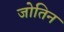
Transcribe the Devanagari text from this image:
जोतिन